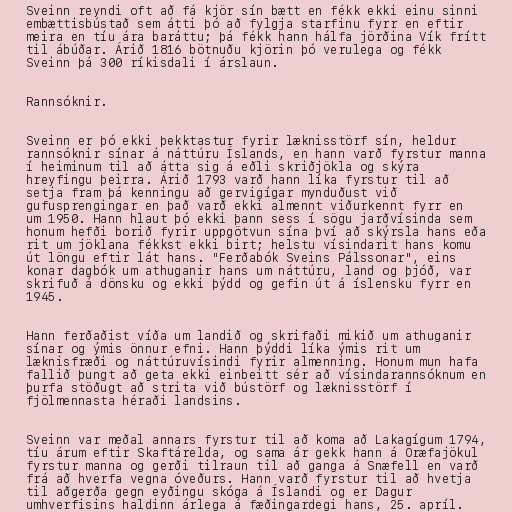
Sveinn reyndi oft að fá kjör sín bætt en fékk ekki einu sinni
embættisbústað sem átti þó að fylgja starfinu fyrr en eftir
meira en tíu ára baráttu; þá fékk hann hálfa jörðina Vík frítt
til ábúðar. Árið 1816 bötnuðu kjörin þó verulega og fékk
Sveinn þá 300 ríkisdali í árslaun.

Rannsóknir.

Sveinn er þó ekki þekktastur fyrir læknisstörf sín, heldur
rannsóknir sínar á náttúru Íslands, en hann varð fyrstur manna
í heiminum til að átta sig á eðli skriðjökla og skýra
hreyfingu þeirra. Árið 1793 varð hann líka fyrstur til að
setja fram þá kenningu að gervigígar mynduðust við
gufusprengingar en það varð ekki almennt viðurkennt fyrr en
um 1950. Hann hlaut þó ekki þann sess í sögu jarðvísinda sem
honum hefði borið fyrir uppgötvun sína því að skýrsla hans eða
rit um jöklana fékkst ekki birt; helstu vísindarit hans komu
út löngu eftir lát hans. "Ferðabók Sveins Pálssonar", eins
konar dagbók um athuganir hans um náttúru, land og þjóð, var
skrifuð á dönsku og ekki þýdd og gefin út á íslensku fyrr en
1945.

Hann ferðaðist víða um landið og skrifaði mikið um athuganir
sínar og ýmis önnur efni. Hann þýddi líka ýmis rit um
læknisfræði og náttúruvísindi fyrir almenning. Honum mun hafa
fallið þungt að geta ekki einbeitt sér að vísindarannsóknum en
þurfa stöðugt að strita við bústörf og læknisstörf í
fjölmennasta héraði landsins.

Sveinn var meðal annars fyrstur til að koma að Lakagígum 1794,
tíu árum eftir Skaftárelda, og sama ár gekk hann á Öræfajökul
fyrstur manna og gerði tilraun til að ganga á Snæfell en varð
frá að hverfa vegna óveðurs. Hann varð fyrstur til að hvetja
til aðgerða gegn eyðingu skóga á Íslandi og er Dagur
umhverfisins haldinn árlega á fæðingardegi hans, 25. apríl.